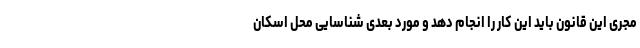
مجری این قانون باید این کار را انجام دهد و مورد بعدی شناسایی محل اسکان